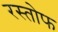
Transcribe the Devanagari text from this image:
रस्तोफ